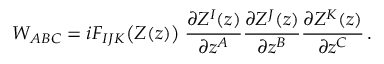
{ \cal W } _ { A B C } = i F _ { I J K } \big ( Z ( z ) \big ) \; { \frac { \partial Z ^ { I } ( z ) } { \partial z ^ { A } } } { \frac { \partial Z ^ { J } ( z ) } { \partial z ^ { B } } } { \frac { \partial Z ^ { K } ( z ) } { \partial z ^ { C } } } \, .